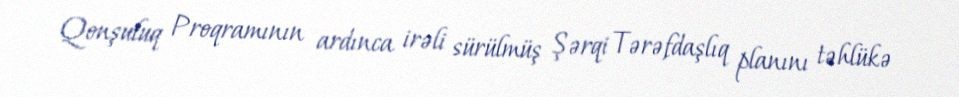
Qonşuluq Proqramının ardınca irəli sürülmüş Şərqi Tərəfdaşlıq planını təhlükə